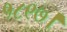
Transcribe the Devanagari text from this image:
१८९७।